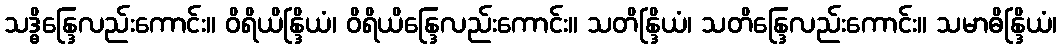
သဒ္ဓိန္ဒြေလည်းကောင်း။ ဝိရိယိန္ဒြိယံ၊ ဝိရိယိန္ဒြေလည်းကောင်း။ သတိန္ဒြိယံ၊ သတိန္ဒြေလည်းကောင်း။ သမာဓိန္ဒြိယံ၊